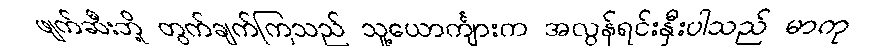
ဖျက်ဆီးဘို့ တွက်ချက်ကြသည် သူ့ယောင်္ကျားက အလွန်ရင်းနှီးပါသည် မာကု